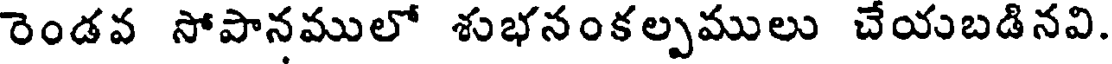
రెండవ సోపానములో శుభనంకల్పములు చేయబడినవి.